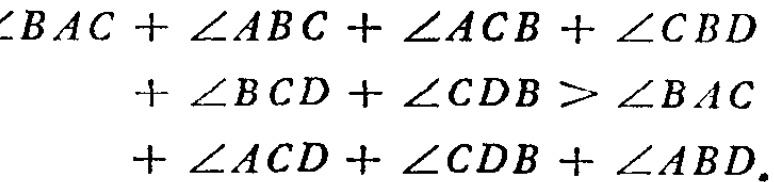
\(\begin{align}
\angle BAC+\angle ABC+\angle ACB+\angle CBD\\
+\angle BCD+\angle CDB&>\angle BAC\\
+\angle ACD+\angle CDB+\angle ABD.
\end{align}\)